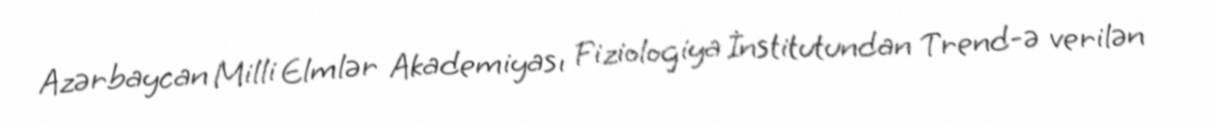
Azərbaycan Milli Elmlər Akademiyası Fiziologiya İnstitutundan Trend-ə verilən